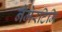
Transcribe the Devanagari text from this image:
नेमेरटिमि